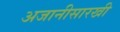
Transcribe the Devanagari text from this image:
अजानीसारखी